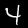
Digit: 4